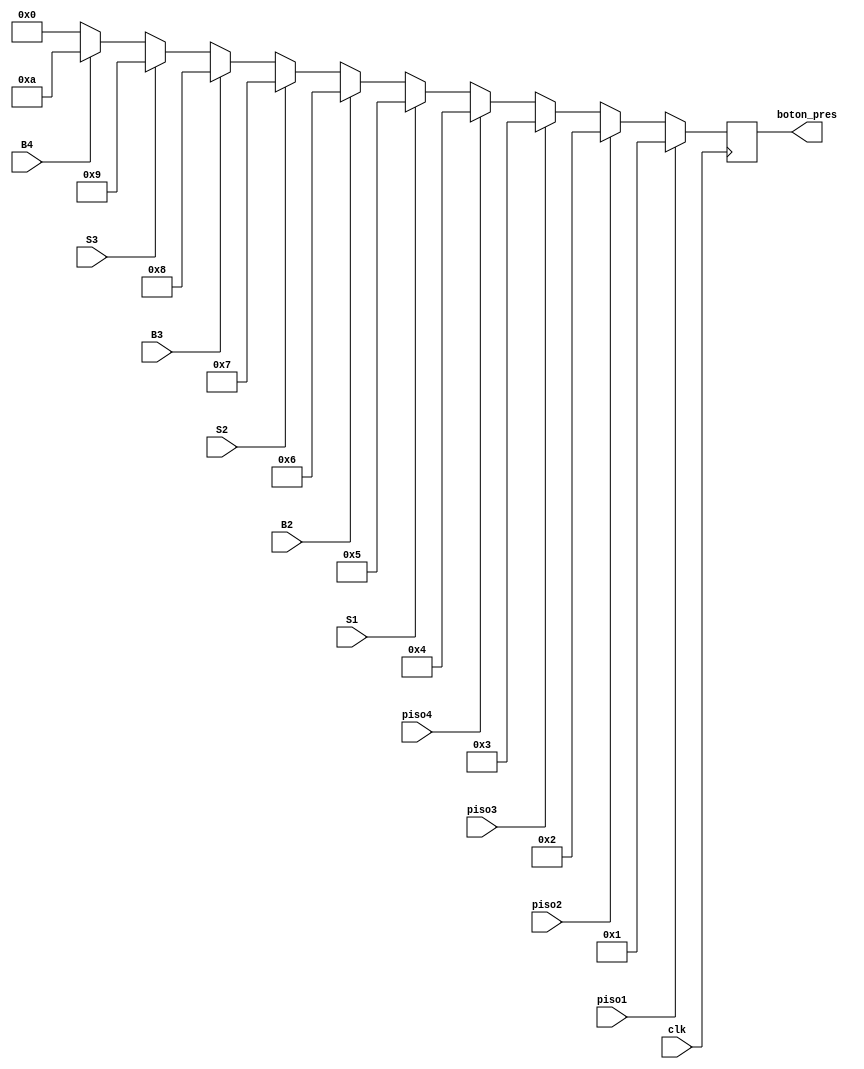
module manejo_entradas(
	input clk,
	input piso1,
	input piso2,
	input piso3,
	input piso4,
	input S1,
	input B2,
	input S2,
	input B3,
	input S3,
	input B4,
	output reg [3:0] boton_pres
    );

initial begin
	boton_pres = 0;
end

always @ (posedge clk)//posedge piso1 or posedge piso2 or posedge piso3 or posedge piso4 or posedge S1 or posedge B2 or posedge S2 or posedge B3 or posedge S3 or posedge B4)
	begin
		if (piso1)
			boton_pres = 1;
		else if (piso2)
			boton_pres = 2;
		else if (piso3)
			boton_pres = 3;
		else if (piso4)
			boton_pres = 4;
		else if (S1)
			boton_pres = 5;
		else if (B2)
			boton_pres = 6;
		else if (S2)
			boton_pres = 7;
		else if (B3)
			boton_pres = 8;
		else if (S3)
			boton_pres = 9;
		else if (B4)
			boton_pres = 10;
		else
			boton_pres = 0;
	end

endmodule